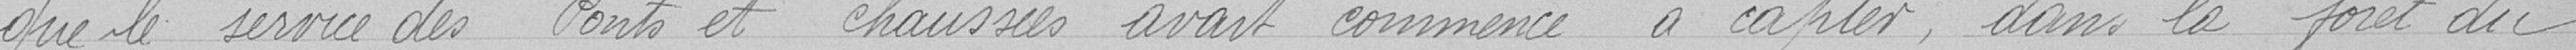
que le service des ponts et chaussées avait commencé à capter, dans la foret du